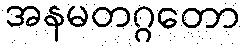
အနမတဂ္ဂတော